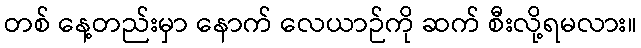
တစ် နေ့တည်းမှာ နောက် လေယာဉ်ကို ဆက် စီးလို့ရမလား။